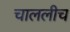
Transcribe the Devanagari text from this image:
चाललीच